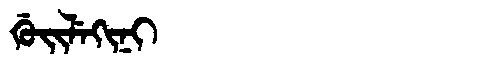
Manchu: ᡤᡠᡳᠯᡝᡴᡳᠨᡳ
Romanization: GUILEKINI